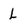
Character: L